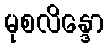
မုစလိန္ဒော